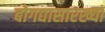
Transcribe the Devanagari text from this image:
बोगद्यासारख्या